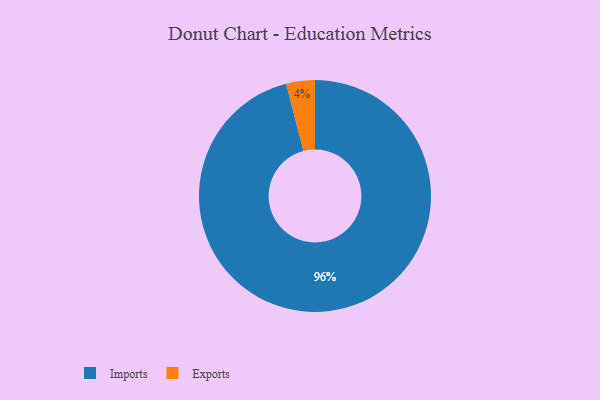
{"axis": {"x": "Category", "y": "Percentage"}, "legend": ["Exports", "Imports"], "data": [{"x": "Imports", "y": 96, "type": "Imports"}, {"x": "Exports", "y": 4, "type": "Exports"}]}